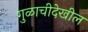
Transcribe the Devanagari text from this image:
गुळाचीदेखील